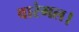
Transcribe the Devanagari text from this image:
वारंगल।